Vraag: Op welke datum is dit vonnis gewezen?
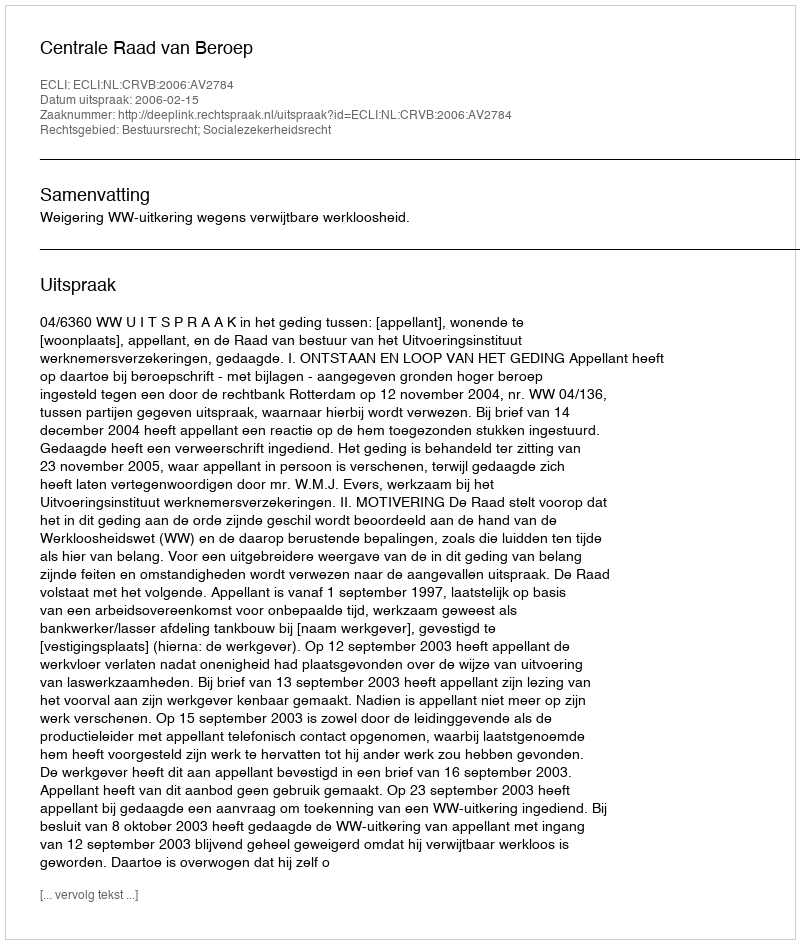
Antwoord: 2006-02-15